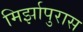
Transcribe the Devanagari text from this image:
मिर्झापुरास